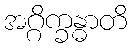
အဂ္ဂိက္ခန္ဓာတိ